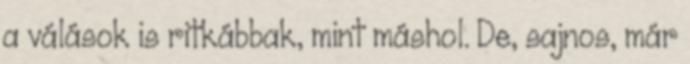
a válások is ritkábbak, mint máshol. De, sajnos, már